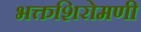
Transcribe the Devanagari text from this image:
भक्तशिरोमणी